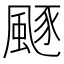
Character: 𩗛